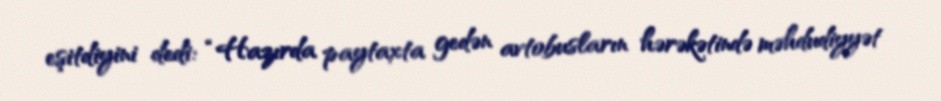
eşitdiyini dedi: “Hazırda paytaxta gedən avtobusların hərəkətində məhdudiyyət